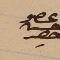
عضو حسن حصِر